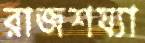
রাজশয্যা